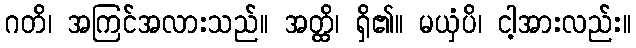
ဂတိ၊ အကြင်အလားသည်။ အတ္ထိ၊ ရှိ၏။ မယှံပိ၊ ငါ့အားလည်း။